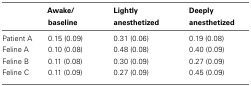
|  | Awake/baseline | Lightly anesthetized | Deeply anesthetized |
 | --- | --- | --- | --- |
 | Patient A | 0.15 (0.09) | 0.31 (0.06) | 0.19 (0.08) |
 | Feline A | 0.10 (0.08) | 0.48 (0.08) | 0.40 (0.09) |
 | Feline B | 0.11 (0.08) | 0.30 (0.09) | 0.27 (0.09) |
 | Feline C | 0.11 (0.09) | 0.27 (0.09) | 0.45 (0.09) |